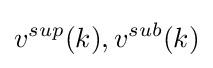
v^{sup}(k),v^{sub}(k)